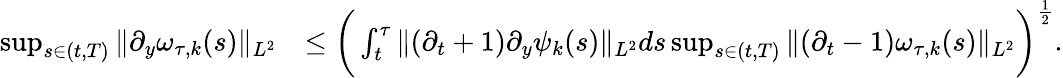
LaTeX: \begin{array}{rl}{\operatorname*{sup}_{s\in(t,T)}\| \partial_{y}\omega_{\tau,k}(s)\| _{L^{2}}}&{\leq\bigg(\int_{t}^{\tau}\| (\partial_{t}+1)\partial_{y}\psi_{k}(s)\| _{L^{2}}ds\operatorname*{sup}_{s\in(t,T)}\| (\partial_{t}-1)\omega_{\tau,k}(s)\| _{L^{2}}\bigg)^{\frac{1}{2}}.}\end{array}